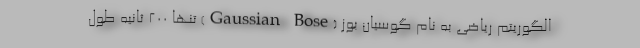
الگوریتم ریاضی به نام گوسیان بوز (Gaussian Bose) تنها ۲۰۰ ثانیه طول